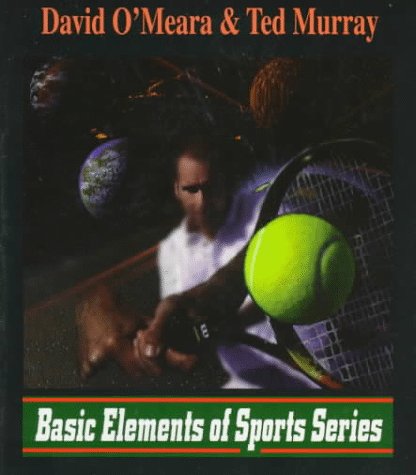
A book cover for Tennis Unlimited (Basic Elements of Sports); David O'Meara; Sports & Outdoors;